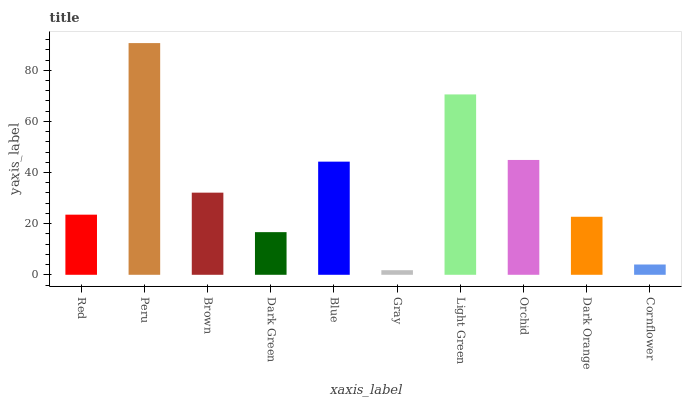
| xaxis_label | bars |
 | --- | --- |
 | Red | 23.5 |
 | Peru | 90.6 |
 | Brown | 32.1 |
 | Dark Green | 16.7 |
 | Blue | 44.3 |
 | Gray | 1.8 |
 | Light Green | 70.5 |
 | Orchid | 44.9 |
 | Dark Orange | 22.7 |
 | Cornflower | 4.03 |